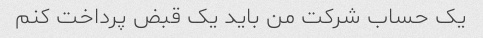
یک حساب شرکت من باید یک قبض پرداخت کنم